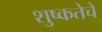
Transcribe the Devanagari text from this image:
शुष्कतेचे